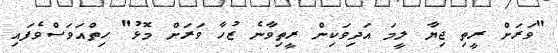
"ވަރަށް ރީތި ޖިޔާ ލީމަ އަދިވަކިން ރީތިވާނެ ޒުހާ ވަރަށް މޮޅު" ހިތްއަވަސްވެފައި